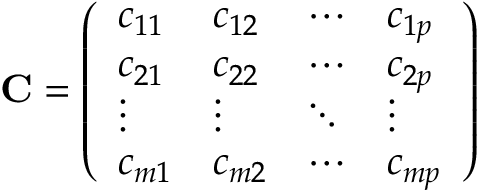
\mathbf { C } = { \left( \begin{array} { l l l l } { c _ { 1 1 } } & { c _ { 1 2 } } & { \cdots } & { c _ { 1 p } } \\ { c _ { 2 1 } } & { c _ { 2 2 } } & { \cdots } & { c _ { 2 p } } \\ { \vdots } & { \vdots } & { \ddots } & { \vdots } \\ { c _ { m 1 } } & { c _ { m 2 } } & { \cdots } & { c _ { m p } } \end{array} \right) }